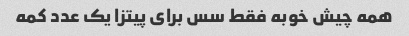
همه چیش خوبه فقط سس برای پیتزا یک عدد کمه